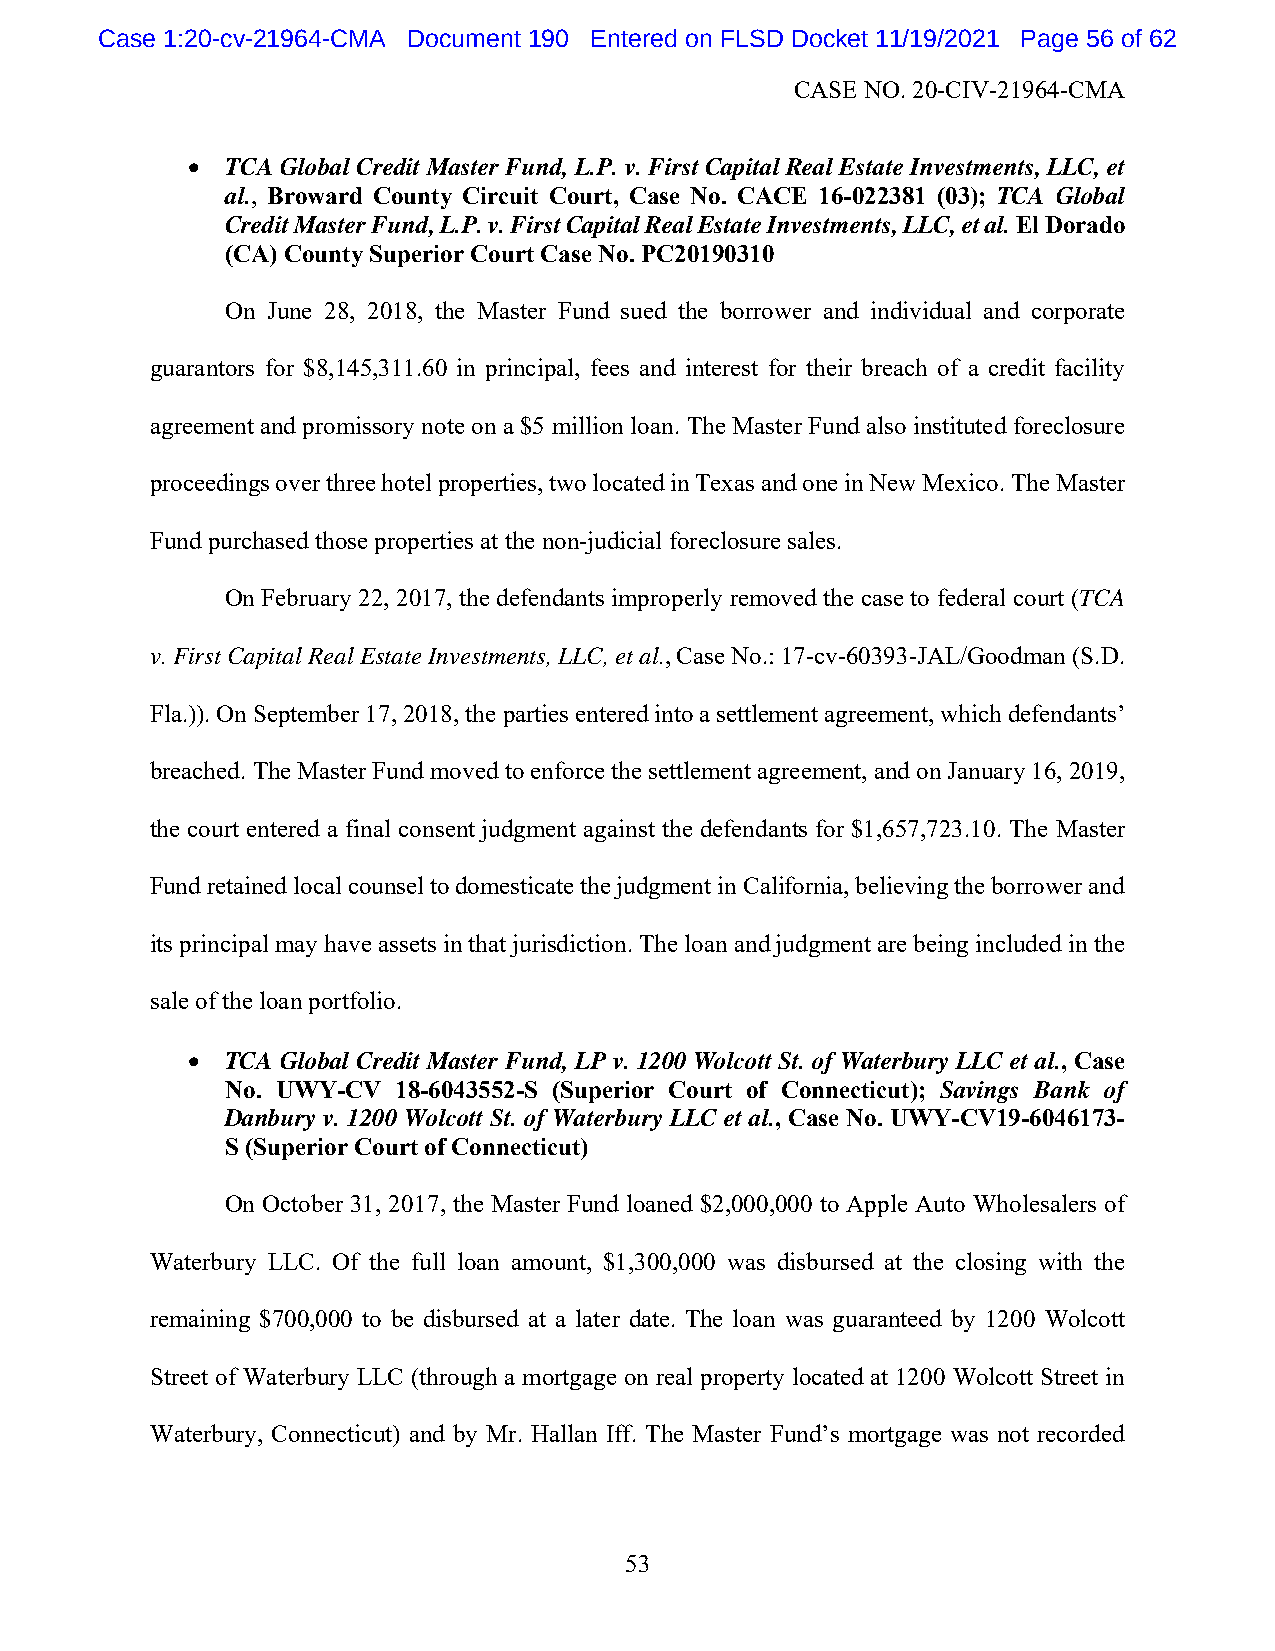
Case 1:20-cv-21964-CMA Document 190 Entered on FLSD Docket 11/19/2021 Page 56 of 62
 CASE NO. 20-CIV-21964-CMA
   TCA Global Credit Master Fund, L.P. v. First Capital Real Estate Investments, LLC, et
 al., Broward County Circuit Court, Case No. CACE 16-022381 (03); TCA Global
 Credit Master Fund, L.P. v. First Capital Real Estate Investments, LLC, et al. El Dorado
 (CA) County Superior Court Case No. PC20190310
 On June 28, 2018, the Master Fund sued the borrower and individual and corporate
 guarantors for $8,145,311.60 in principal, fees and interest for their breach of a credit facility
 agreement and promissory note on a $5 million loan. The Master Fund also instituted foreclosure
 proceedings over three hotel properties, two located in Texas and one in New Mexico. The Master
 Fund purchased those properties at the non-judicial foreclosure sales.
 On February 22, 2017, the defendants improperly removed the case to federal court (TCA
 v. First Capital Real Estate Investments, LLC, et al., Case No.: 17-cv-60393-JAL/Goodman (S.D.
 Fla.)). On September 17, 2018, the parties entered into a settlement agreement, which defendants’
 breached. The Master Fund moved to enforce the settlement agreement, and on January 16, 2019,
 the court entered a final consent judgment against the defendants for $1,657,723.10. The Master
 Fund retained local counsel to domesticate the judgment in California, believing the borrower and
 its principal may have assets in that jurisdiction. The loan and judgment are being included in the
 sale of the loan portfolio.
   TCA Global Credit Master Fund, LP v. 1200 Wolcott St. of Waterbury LLC et al., Case
 No. UWY-CV 18-6043552-S (Superior Court of Connecticut); Savings Bank of
 Danbury v. 1200 Wolcott St. of Waterbury LLC et al., Case No. UWY-CV19-6046173-
 S (Superior Court of Connecticut)
 On October 31, 2017, the Master Fund loaned $2,000,000 to Apple Auto Wholesalers of
 Waterbury LLC. Of the full loan amount, $1,300,000 was disbursed at the closing with the
 remaining $700,000 to be disbursed at a later date. The loan was guaranteed by 1200 Wolcott
 Street of Waterbury LLC (through a mortgage on real property located at 1200 Wolcott Street in
 Waterbury, Connecticut) and by Mr. Hallan Iff. The Master Fund’s mortgage was not recorded
 53